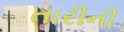
તારીની